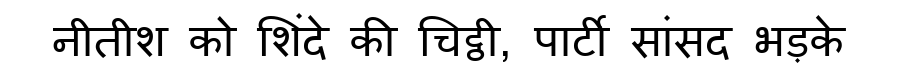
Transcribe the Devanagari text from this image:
नीतीश को शिंदे की चिट्ठी, पार्टी सांसद भड़के